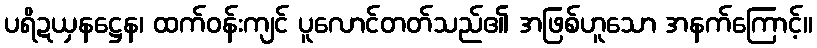
ပရိဍယှနဋ္ဌေန၊ ထက်ဝန်းကျင် ပူလောင်တတ်သည်၏ အဖြစ်ဟူသော အနက်ကြောင့်။